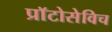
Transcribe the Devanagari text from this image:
प्राॅटोसेविच